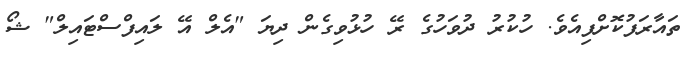
ތައާރަފުކޮށްފިއެވެ. ހުކުރު ދުވަހުގެ ރޭ ހުޅުވިގެން ދިޔަ "އެލް އޭ ލައިފްސްޓައިލް" ޝޯ